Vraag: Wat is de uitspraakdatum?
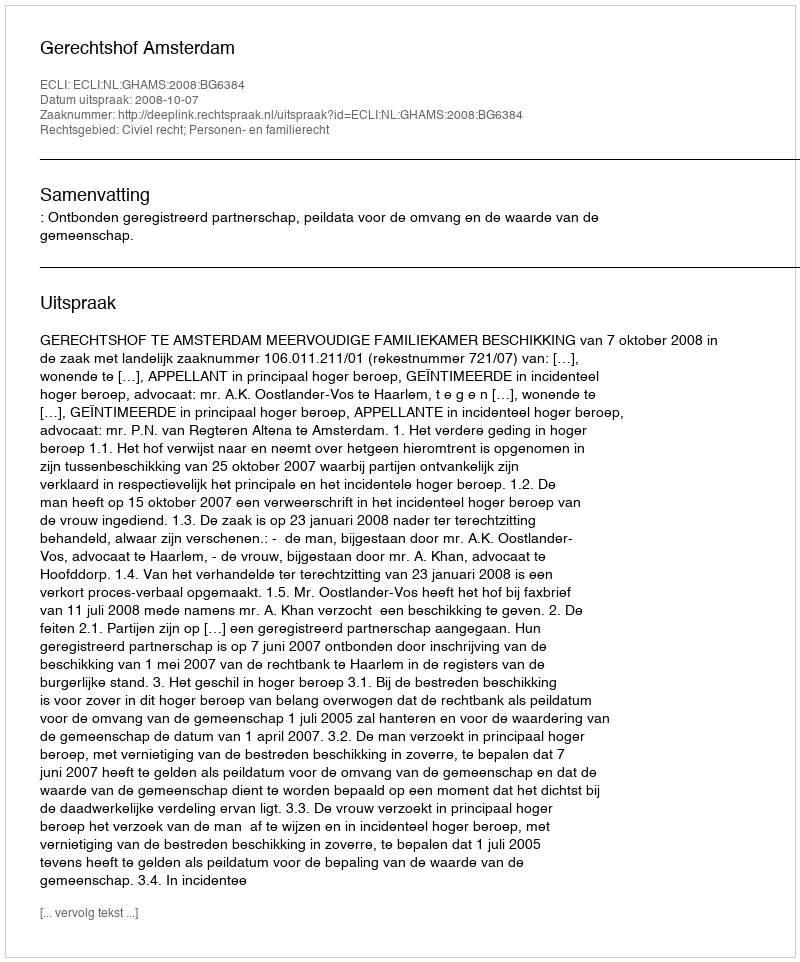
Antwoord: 2008-10-07